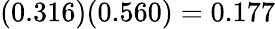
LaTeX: (0.316)(0.560)=0.177